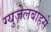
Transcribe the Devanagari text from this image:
ग्युज़ेलबाहसे